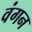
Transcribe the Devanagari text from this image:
वंगन